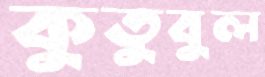
কুতুবুল